Civil Veterinary Dept. North-West Frontier Province 1933-46 - 1933-1946
Year: 1933
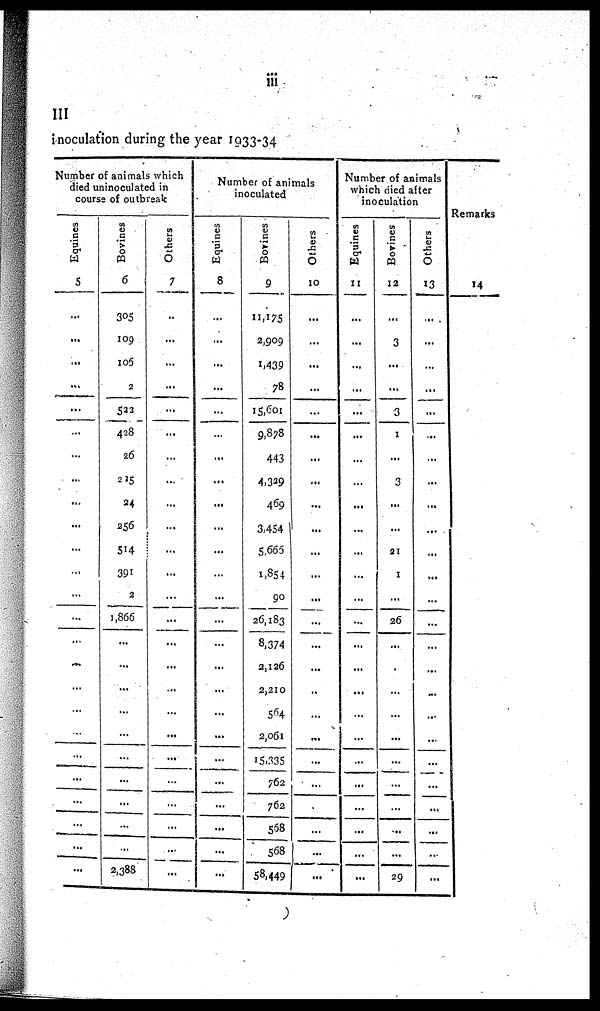
iii
III
inoculation during the year 1933-34
Number of animals which
died uninoculated in
course of outbreak
Equines
5
...
...
...
...
...
...
...
...
...
...
...
...
...
...
...
...
...
...
...
...
...
...
...
...
...
Bovines
6
305
109
105
2
533
428
26
215
24
256
514
391
2
1866
...
...
...
...
...
...
...
...
...
...
2,388
Others
7
..
...
...
...
...
...
...
...
...
...
...
...
...
...
...
...
...
...
...
...
...
...
...
...
...
Number of animals
inoculated
Equines
8
...
...
...
...
...
...
...
...
...
...
...
...
...
...
...
...
...
...
...
...
...
...
...
...
Bovines
9
11,175
2,909
1.439
78
15,601
9,878
443
4,329
469
3,454
5.665
1,854
90
26,183
8,374
2,126
2,210
564
2,061
15,335
762
762
558
568
58,449
Others
10
...
...
...
...
...
...
...
...
...
...
...
...
...
...
...
...
...
...
...
...
...
...
...
...
...
Number of animals
which died after
inoculation
Equines
11
...
...
...
...
...
...
...
...
...
...
...
...
...
...
...
...
...
...
...
...
...
...
...
...
...
Borines
12
...
3
...
...
3
1
...
3
...
...
21
1
...
26
...
...
...
...
...
...
...
...
...
...
29
Others
13
..
...
...
...
...
...
...
...
...
...
...
...
...
...
...
...
...
...
...
...
...
...
...
...
...
Remarks
14